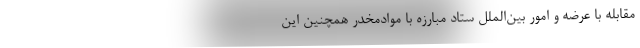
مقابله با عرضه و امور بین‌الملل ستاد مبارزه با موادمخدر همچنین این